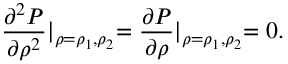
\frac { \partial ^ { 2 } P } { \partial \rho ^ { 2 } } \lvert _ { \rho = \rho _ { 1 } , \rho _ { 2 } } = \frac { \partial P } { \partial \rho } \lvert _ { \rho = \rho _ { 1 } , \rho _ { 2 } } = 0 .